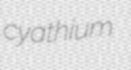
cyathium